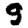
Digit: 9